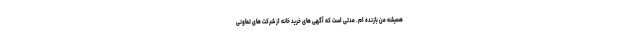
همیشه من بازنده ام. مدتی است که آگهی های خرید خانه از شرکت های تعاونی